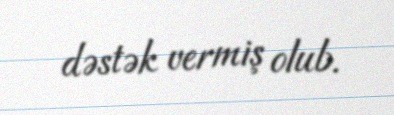
dəstək vermiş olub.